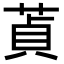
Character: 𦵄